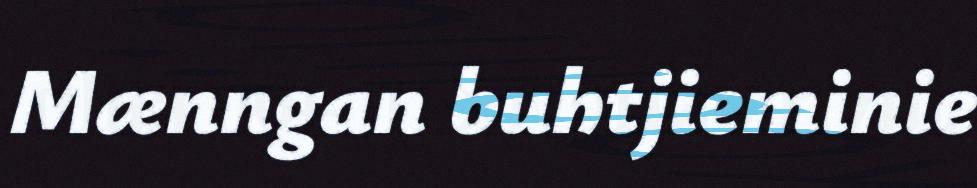
Mænngan buhtjieminie